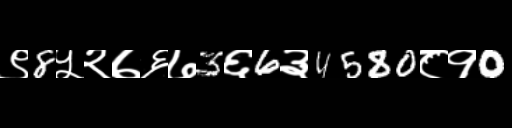
Text: ९8५२७६७3६6३4580८१0